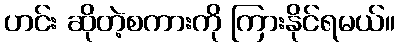
ဟင်း ဆိုတဲ့စကားကို ကြားနိုင်ရမယ်။